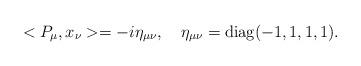
LaTeX: \begin{align*} <P_\mu, x_\nu> = -i \eta_{\mu\nu}, \quad \eta_{\mu\nu} = \mbox{diag}(-1,1,1,1).\end{align*}